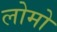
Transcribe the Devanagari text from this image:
लोमो